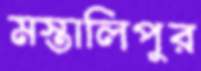
মস্তালিপুর